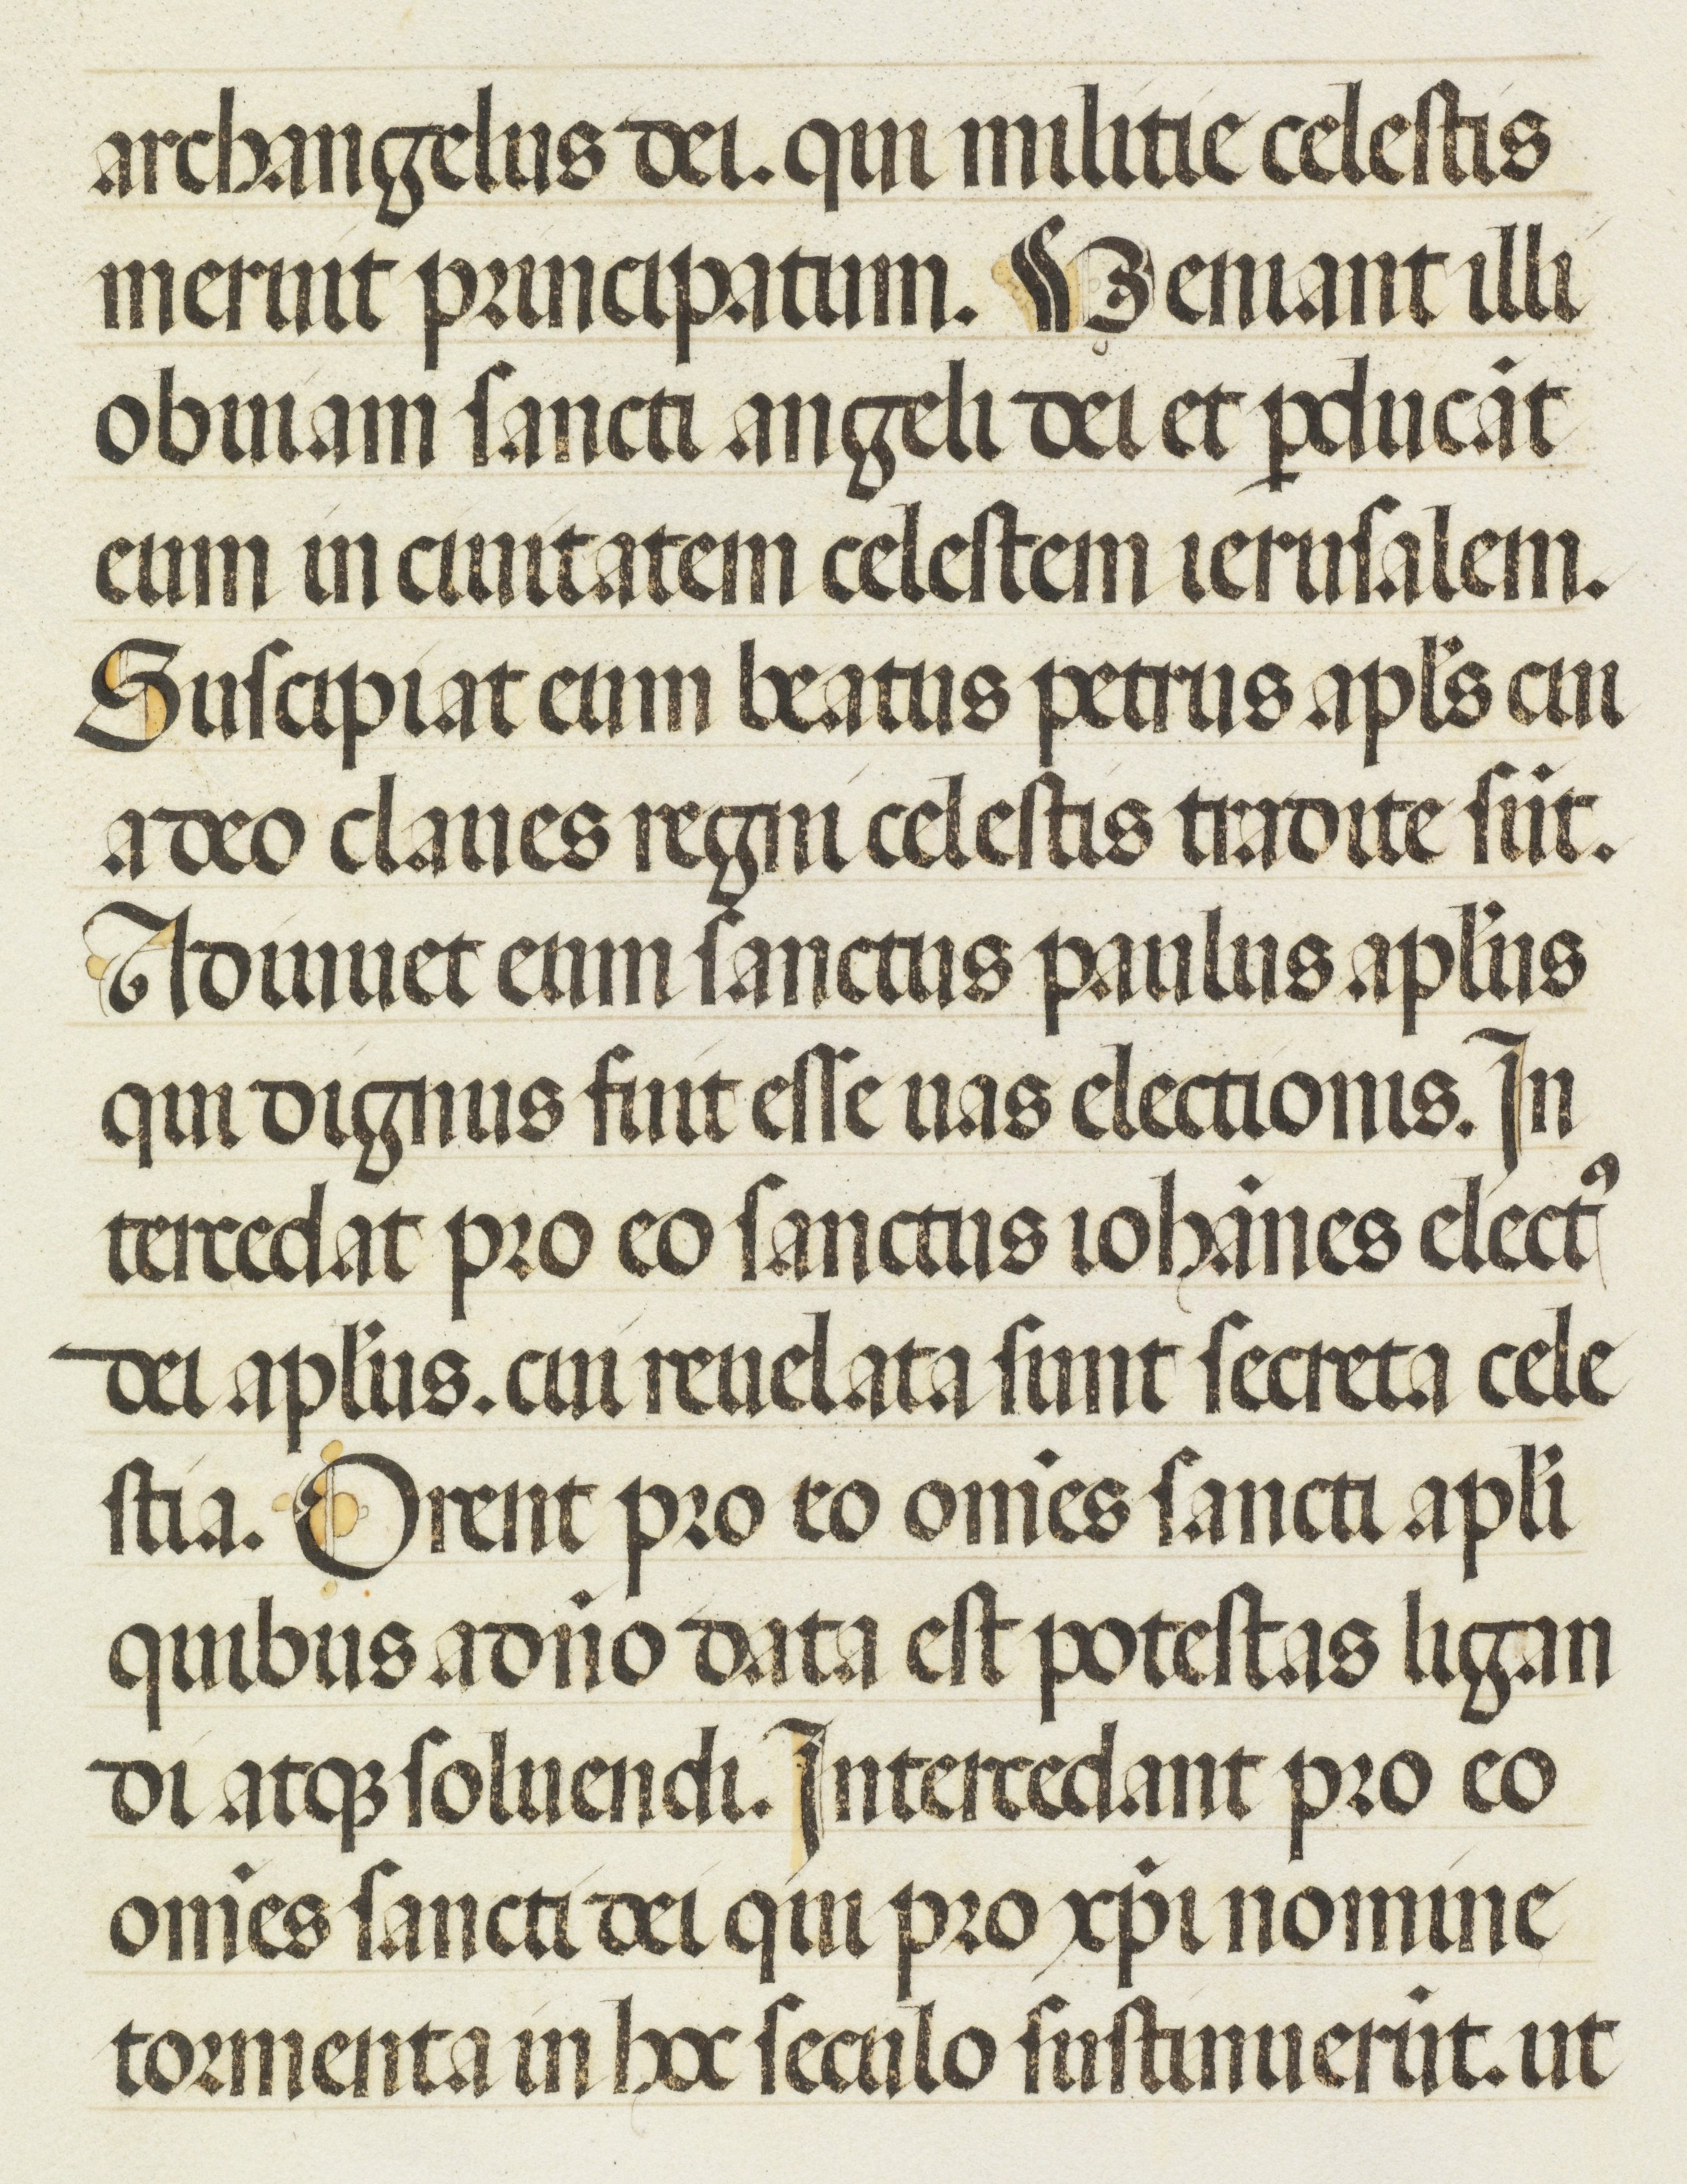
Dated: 1455–1599